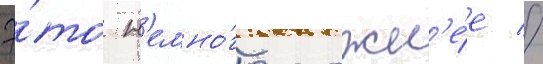
Э́то н'емно́го сложн'е́е //